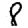
Digit: 8